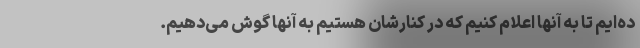
ده‌ایم تا به آنها اعلام کنیم که در کنارشان هستیم به آنها گوش می‌دهیم.